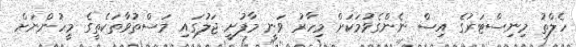
ހެލްތު މިނިސްޓަރުގެ އިސް ނެންގެވުމަކަށް މިހާރު ވަނީ މާފުށީ ޖަލުގައި މަސްތުވާތަކެތީގެ މީހުންނަށް